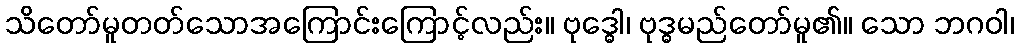
သိတော်မူတတ်သောအကြောင်းကြောင့်လည်း။ ဗုဒ္ဓေါ၊ ဗုဒ္ဓမည်တော်မူ၏။ သော ဘဂဝါ၊